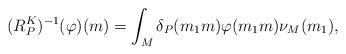
LaTeX: \begin{align*} (R_P^K)^{-1}(\varphi)(m) = \int_M \delta_P(m_1 m)\varphi(m_1 m) \nu_{M}(m_1), \end{align*}